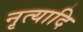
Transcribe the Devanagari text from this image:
नृत्यादि